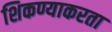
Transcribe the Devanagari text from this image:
शिकण्याकरता